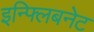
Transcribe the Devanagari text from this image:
इन्फ्लिबनेट